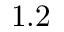
1 . 2